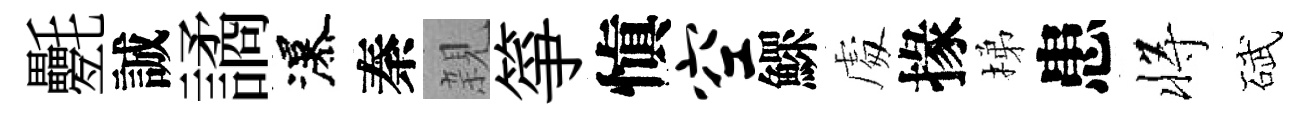
氎誠譎瀑秦親箏愼空鰥䖏掾梯患将碔